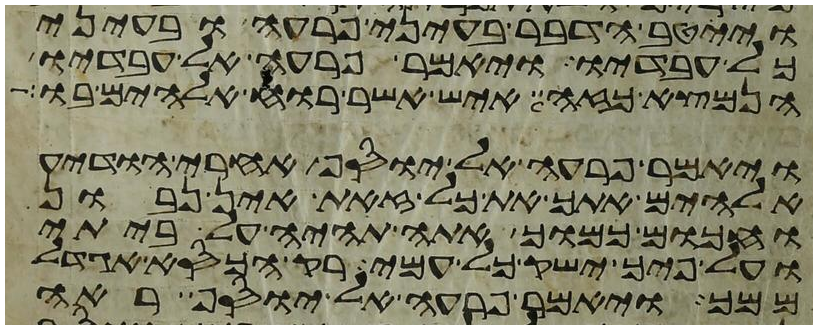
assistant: וייטב הדבר בעיני פרעה ובעיני
כל עבדיו ויאמר פרעה אל עבדיו
הנמצא כזה איש אשר רוח אלהים בו
ויאמר פרעה אל יוסף אחרי הודיע
אלהים אתך את כל זאת אין נבון
וחכום כמוך אתה תהיה על ביתי
ועל פיך ישק כל עמי רק הכסא אגדל
ממך ויאמר פרעה אל יוסף ראה